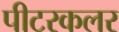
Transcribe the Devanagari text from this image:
पीटरकलर